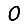
Digit: 0